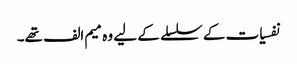
نفسیات کے سلسلے کے لیے وہ میم الف تھے۔